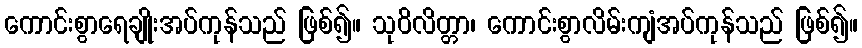
ကောင်းစွာရေချိုးအပ်ကုန်သည် ဖြစ်၍။ သုဝိလိတ္တာ၊ ကောင်းစွာလိမ်းကျံအပ်ကုန်သည် ဖြစ်၍။